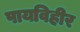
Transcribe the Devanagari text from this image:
पायविहीर